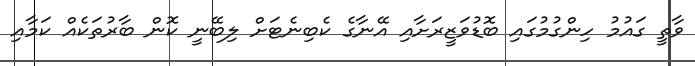
ވާތީ ގައުމު ހިންގުމުގައި ބޮޑުވަޒީރަށާއި އޭނާގެ ކެބިނެޓަށް ލިބޭނީ ކޮން ބާރުތަކެއް ކަމާއި